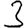
Digit: 3